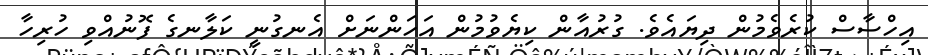
އިހްސާސް ކުރެވެމުން ދިޔައެވެ. ގުރުއާން ކިޔެވުމުން އަހަންނަށް އެނގުނީ ކަލާނގެ ފޮނުއްވި ހުރިހާ